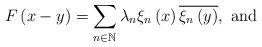
LaTeX: \begin{align*}F\left(x-y\right)=\sum_{n\in\mathbb{N}}\lambda_{n}\xi_{n}\left(x\right)\overline{\xi_{n}\left(y\right)},\mbox{ and}\end{align*}